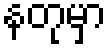
နတုမှာ